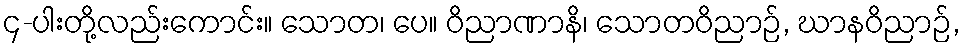
၄-ပါးတို့လည်းကောင်း။ သောတ၊ ပေ။ ဝိညာဏာနိ၊ သောတဝိညာဉ်, ဃာနဝိညာဉ်,